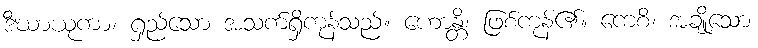
ဒီဃာယုကာ၊ ရှည်သော အသက်ရှိကုန်သည်။ ဟောန္တိ၊ ဖြစ်ကုန်၏။ ကေစိ၊ အချို့သော